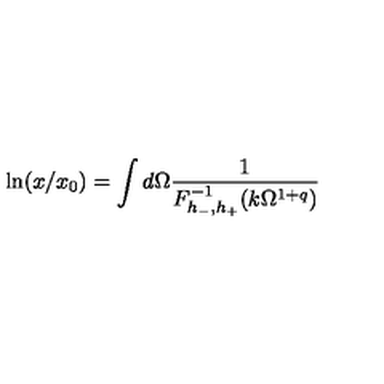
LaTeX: \ln ( x / x _ { 0 } ) = \int d \Omega \frac { 1 } { F _ { h _ { - } , h _ { + } } ^ { - 1 } ( k \Omega ^ { 1 + q } ) }